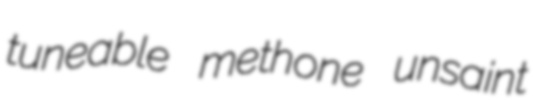
tuneable methone unsaint